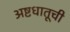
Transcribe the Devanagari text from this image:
अष्टधातूची